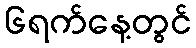
၆ရက်နေ့တွင်